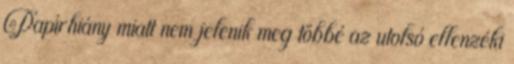
Papírhiány miatt nem jelenik meg többé az utolsó ellenzéki